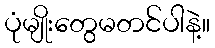
ပုံမျိုးတွေမတင်ပါနဲ့။